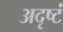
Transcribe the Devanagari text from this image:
अदृष्टं